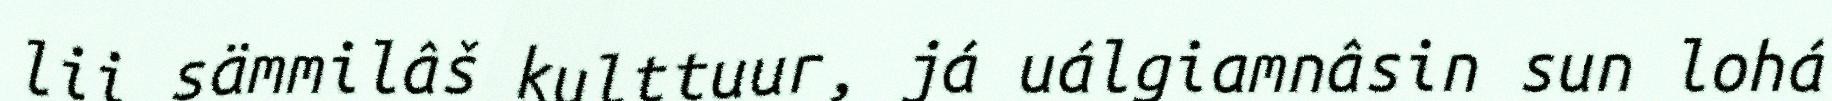
lii sämmilâš kulttuur, já uálgiamnâsin sun lohá